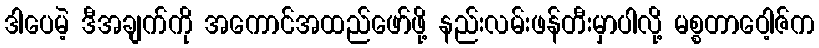
ဒါပေမဲ့ ဒီအချက်ကို အကောင်အထည်ဖော်ဖို့ နည်းလမ်းဖန်တီးမှာပါလို့ မစ္စတာဝေါ့ဇ်က